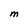
Character: M